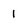
Character: I